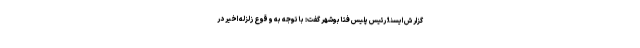
گزارش ایسنا؛ رئیس پلیس فتا بوشهر گفت: با توجه به وقوع زلزله اخیر در